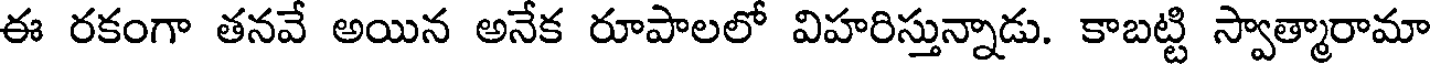
ఈ రకంగా తనవే అయిన అనేక రూపాలలో విహరిస్తున్నాడు. కాబట్టి స్వాత్మారామా